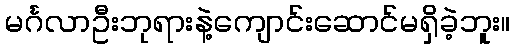
မင်္ဂလာဦးဘုရားနဲ့ကျောင်းဆောင်မရှိခဲ့ဘူး။